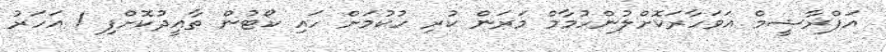
އަފްރާޝީމް އަވަހާރަކޮށްލުންހުމާމް މަރަން ކުރި ހުކުމަށް ހައި ކޯޓުން ތާއީދުކޮށްފި 1 އަހަރު